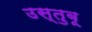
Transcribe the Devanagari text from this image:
उस्तुबू